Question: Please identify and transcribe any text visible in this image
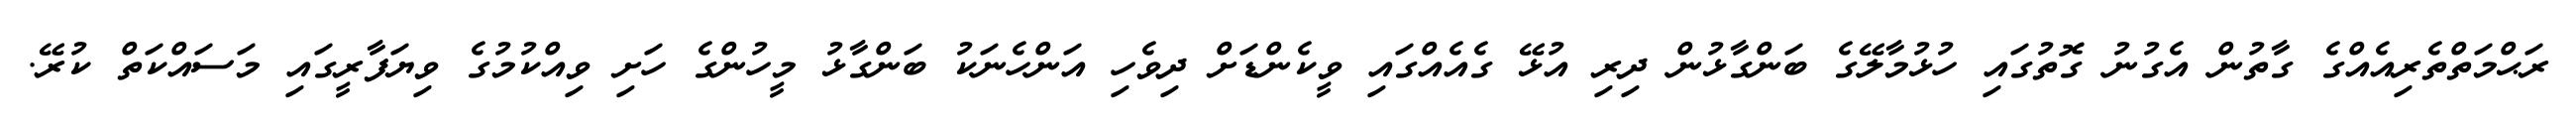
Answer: ރަޙްމަތްތެރިއެއްގެ ގާތުން އެގުނު ގޮތުގައި ހުޅުމާލޭގެ ބަންގާޅުން ދިރި އުޅޭ ގެއެއްގައި ވީކެންޑަށް ދިވެހި އަންހެނަކު ބަންގާޅު މީހުންގެ ހަށި ވިއްކުމުގެ ވިޔަފާރީގައި މަސައްކަތް ކުރޭ.